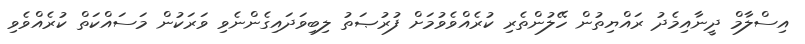
އިސްލާމް ދީނާއިމެދު ރައްޔިތުން ހޭލުންތެރި ކުރެއްވެވުމަށް ފުރުޞަތު ލިބިވަދައިގެންނެވި ވަރަކުން މަސައްކަތް ކުރެއްވެވި